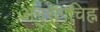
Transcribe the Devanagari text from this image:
अनुरागचिह्न